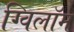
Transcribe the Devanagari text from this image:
ग्विलॉम